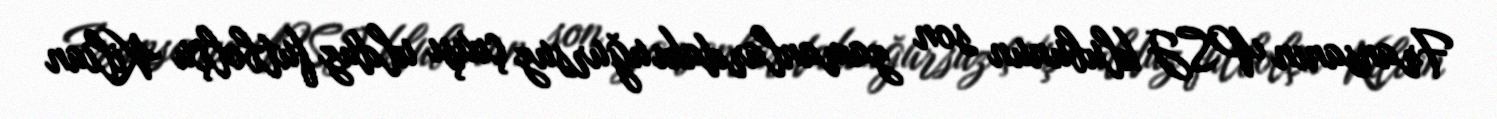
Fransanın PSJ klubunun son zamanlardakı uğursuz çıxışı ulduz futbolçu Kilian